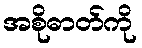
အစိုဓာတ်ကို